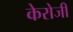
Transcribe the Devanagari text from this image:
केरोजी